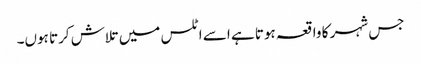
جس شہر کا واقعہ ہوتا ہے اسے اٹلس میں تلاش کرتا ہوں۔